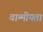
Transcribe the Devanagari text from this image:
वाग्मीयता